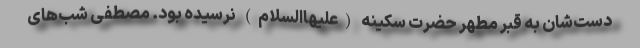
دست‌شان به قبر مطهر حضرت سکینه (علیهاالسلام) نرسیده بود. مصطفی شب‌های